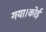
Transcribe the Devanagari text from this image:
गया।कोई